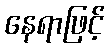
နေရာဖြင့်